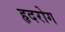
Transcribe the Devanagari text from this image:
हृदरोग